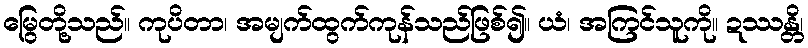
မြွေတို့သည်။ ကုပိတာ၊ အမျက်ထွက်ကုန်သည်ဖြစ်၍။ ယံ၊ အကြင်သူကို။ ဍဿန္တိ၊